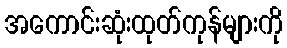
အကောင်းဆုံးထုတ်ကုန်များကို